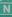
n